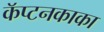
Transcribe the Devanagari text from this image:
कॅप्टनकाका